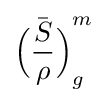
{\bar {{\Bigl (}{\frac {S}{\rho }}{\Bigr )}}}_{g}^{m}